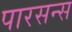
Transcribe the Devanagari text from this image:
पारसन्स